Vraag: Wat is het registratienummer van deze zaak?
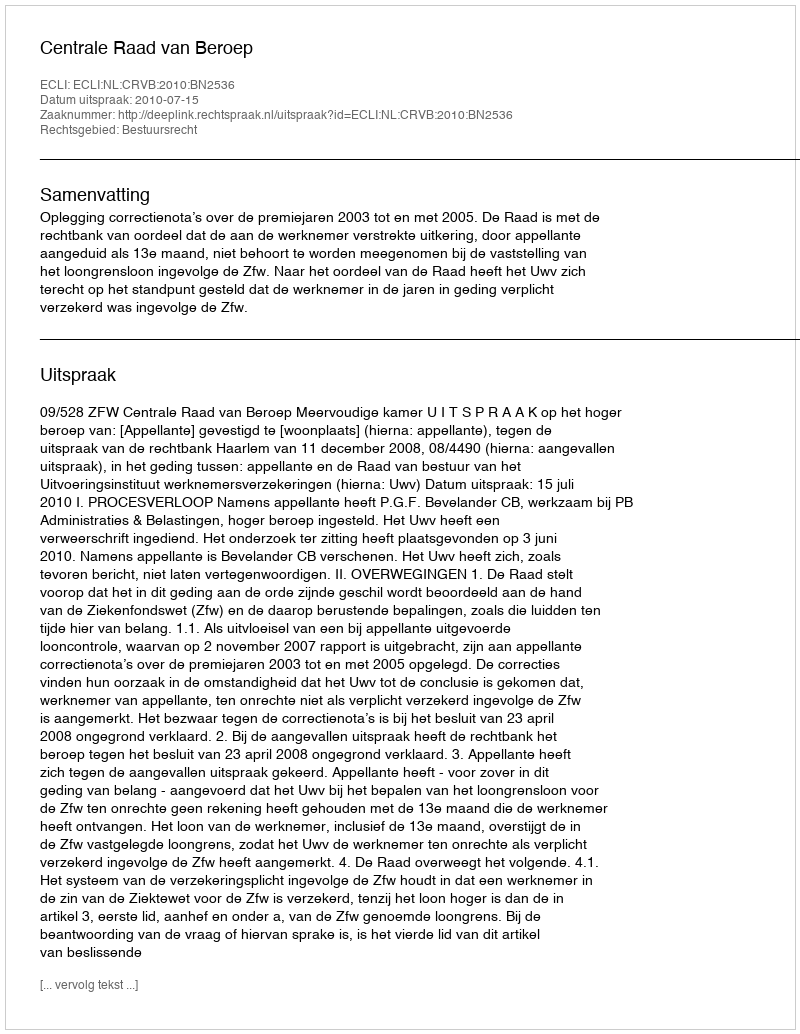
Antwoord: http://deeplink.rechtspraak.nl/uitspraak?id=ECLI:NL:CRVB:2010:BN2536